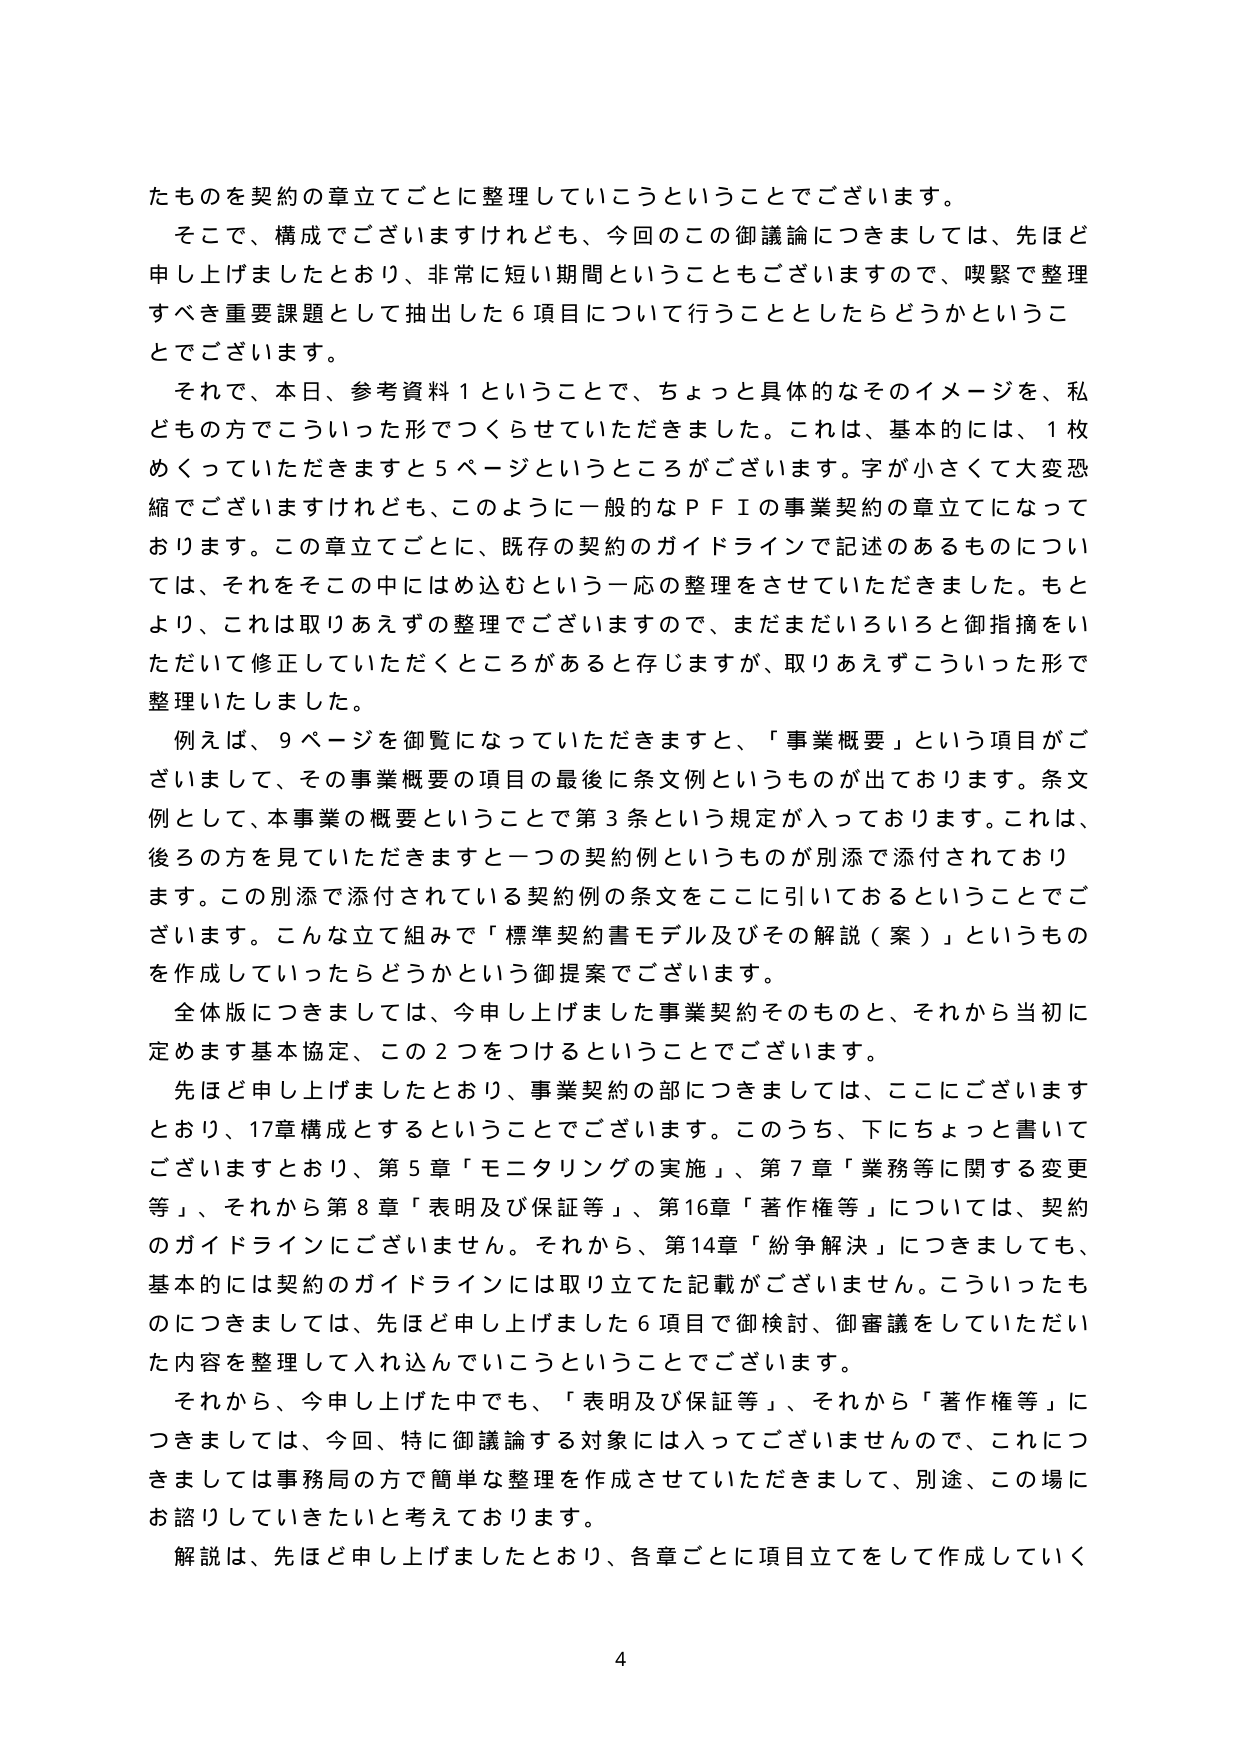
たものを契約の章立てごとに整理していこうということでございます。

そこで、構成でございますけれども、今回のこの御議論につきましては、先ほど申し上げましたとおり、非常に短い期間ということもございますので、喫緊で整理すべき重要課題として抽出した６項目について行うこととしたらどうかということでございます。

それで、本日、参考資料１ということで、ちょっと具体的なそのイメージを、私どもの方でこういった形でつくらせていただきました。これは、基本的には、１枚めくっていただきますと５ページというところがございます。字が小さくて大変恐縮でございますけれども、このように一般的なＰＦＩの事業契約の章立てになっております。この章立てごとに、既存の契約のガイドラインで記述のあるものについては、それをその中にはめ込むという一応の整理をさせていただきました。もとより、これは取りあえずの整理でございますので、まだまだいろいろと御指摘をいただいて修正していただくところがあると存じますが、取りあえずこういった形で整理いたしました。

例えば、９ページを御覧になっていただきますと、「事業概要」という項目がございまして、その事業概要の項目の最後に条文例というものが出ております。条文例として、本事業の概要ということで第３条という規定が入っております。これは、後ろの方を見ていただきますと一つの契約例というものが別添で添付されております。この別添で添付されている契約例の条文をここに引いておるということでございます。こんな立て組みで「標準契約書モデル及びその解説（案）」というものを作成していったらどうかという御提案でございます。

全体版につきましては、今申し上げました事業契約そのものと、それから当初に定めます基本協定、この２つをつけるということでございます。

先ほど申し上げましたとおり、事業契約の部につきましては、ここにございますとおり、17章構成とするということでございます。このうち、下にちょっと書いてございますとおり、第５章「モニタリングの実施」、第７章「業務等に関する変更等」、それから第８章「表明及び保証等」、第16章「著作権等」については、契約のガイドラインにございません。それから、第14章「紛争解決」につきましても、基本的には契約のガイドラインには取り立てた記載がございません。こういったものにつきましては、先ほど申し上げました６項目で御検討、御審議をしていただいた内容を整理して入れ込んでいこうということでございます。

それから、今申し上げた中でも、「表明及び保証等」、それから「著作権等」につきましては、今回、特に御議論する対象には入ってございませんので、これにつきましては事務局の方で簡単な整理を作成させていただきまして、別途、この場にお諮りしていきたいと考えております。

解説は、先ほど申し上げましたとおり、各章ごとに項目立てをして作成していく

4